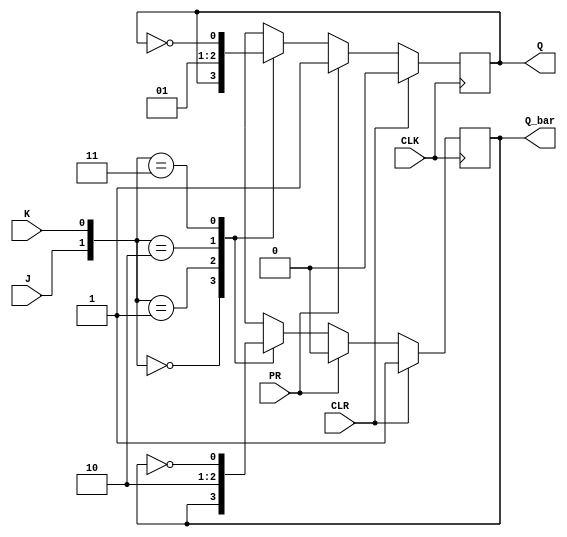
module jk_flip_flop (
    input J, // J input
    input K, // K input
    input CLK, // Clock input
    input CLR, // Clear input
    input PR, // Preset input
    output reg Q, // Q output
    output reg Q_bar // Q-bar output
);

always @(posedge CLK) begin
    if (CLR) begin
        Q <= 0;
        Q_bar <= 1;
    end else if (PR) begin
        Q <= 1;
        Q_bar <= 0;
    end else begin
        case ({J, K})
            2'b00: begin // J=0, K=0
                Q <= Q;
                Q_bar <= Q_bar;
            end
            2'b01: begin // J=0, K=1
                Q <= 0;
                Q_bar <= 1;
            end
            2'b10: begin // J=1, K=0
                Q <= 1;
                Q_bar <= 0;
            end
            2'b11: begin // J=1, K=1
                Q <= ~Q;
                Q_bar <= ~Q_bar;
            end
        endcase
    end
end

endmodule